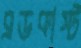
ব্রডকাস্ট